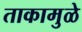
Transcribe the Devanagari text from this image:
ताकामुळे